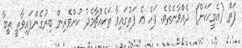
ފަތް (އެމީހަކަށް) ދެއްވާނެތެވެ. ފަހެ އެ ފަތުގައިވާ ތަކެއްޗާމެދު ކުށްވެރިން ބިރުގެންފައިވާތީ ތިބާ